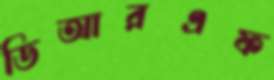
ডিআরএফ